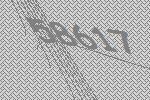
58617